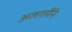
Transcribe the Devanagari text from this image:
अलगमैंने